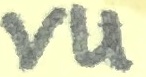
Text: VU